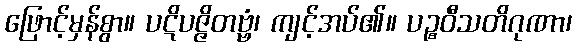
ဖြောင့်မှန်စွာ။ ပဋိပဇ္ဇိတဗ္ဗံ၊ ကျင့်အပ်၏။ ပဉ္စဝီသတိဂုဏာ၊